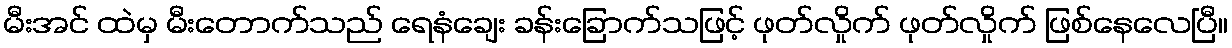
မီးအင် ထဲမှ မီးတောက်သည် ရေနံချေး ခန်းခြောက်သဖြင့် ဖုတ်လှိုက် ဖုတ်လှိုက် ဖြစ်နေလေပြီ။